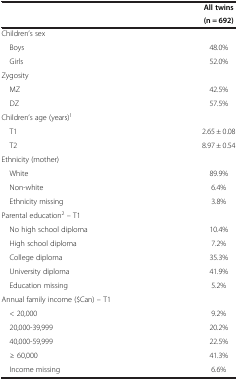
<table><thead><tr><td rowspan="2">[EMPTY_CELL]</td><td><b>All twins</b></td></tr><tr><td><b>(n = 692)</b></td></tr></thead><tbody><tr><td>Children’s sex</td><td>[EMPTY_CELL]</td></tr><tr><td> Boys</td><td>48.0%</td></tr><tr><td> Girls</td><td>52.0%</td></tr><tr><td>Zygosity</td><td>[EMPTY_CELL]</td></tr><tr><td> MZ</td><td>42.5%</td></tr><tr><td> DZ</td><td>57.5%</td></tr><tr><td>Children’s age (years)<sup>1</sup></td><td>[EMPTY_CELL]</td></tr><tr><td> T1</td><td>2.65 ± 0.08</td></tr><tr><td> T2</td><td>8.97 ± 0.54</td></tr><tr><td>Ethnicity (mother)</td><td>[EMPTY_CELL]</td></tr><tr><td> White</td><td>89.9%</td></tr><tr><td> Non-white</td><td>6.4%</td></tr><tr><td> Ethnicity missing</td><td>3.8%</td></tr><tr><td>Parental education<sup>2</sup> – T1</td><td>[EMPTY_CELL]</td></tr><tr><td> No high school diploma</td><td>10.4%</td></tr><tr><td> High school diploma</td><td>7.2%</td></tr><tr><td> College diploma</td><td>35.3%</td></tr><tr><td> University diploma</td><td>41.9%</td></tr><tr><td> Education missing</td><td>5.2%</td></tr><tr><td>Annual family income ($Can) – T1</td><td>[EMPTY_CELL]</td></tr><tr><td> &lt; 20,000</td><td>9.2%</td></tr><tr><td> 20,000-39,999</td><td>20.2%</td></tr><tr><td> 40,000-59,999</td><td>22.5%</td></tr><tr><td> ≥ 60,000</td><td>41.3%</td></tr><tr><td> Income missing</td><td>6.6%</td></tr></tbody></table>